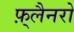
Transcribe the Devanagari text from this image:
फ़्लैनरो